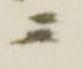
ニ